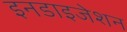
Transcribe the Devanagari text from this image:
इनडाइजेशन